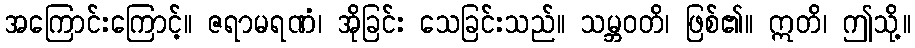
အကြောင်းကြောင့်။ ဇရာမရဏံ၊ အိုခြင်း သေခြင်းသည်။ သမ္ဘဝတိ၊ ဖြစ်၏။ ဣတိ၊ ဤသို့။